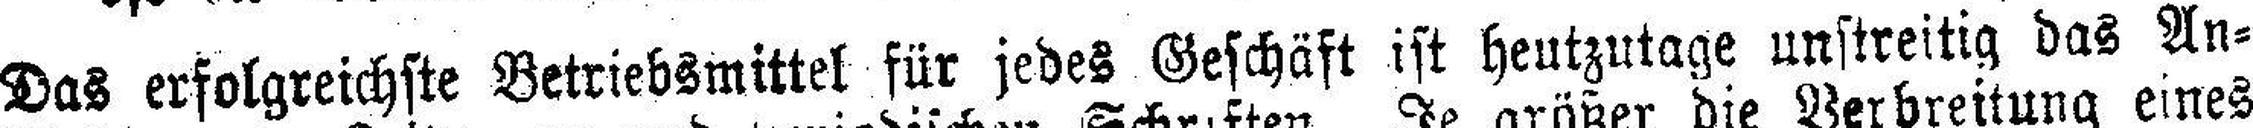
Das erfolgreichste Betriebsmittel für jedes Geschäft ist heutzutage unstreitig das An¬